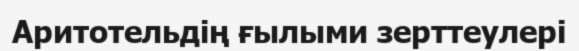
Аритотельдің ғылыми зерттеулері